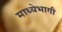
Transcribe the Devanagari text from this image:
माध्येभागी